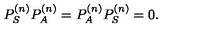
P _ { S } ^ { ( n ) } P _ { A } ^ { ( n ) } = P _ { A } ^ { ( n ) } P _ { S } ^ { ( n ) } = 0 .